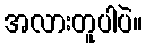
အလားတူပါပဲ။